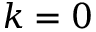
k = 0